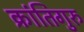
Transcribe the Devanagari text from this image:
क्रांतिगुरु